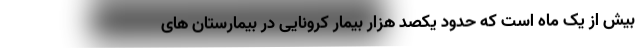
بیش از یک ماه است که حدود یکصد هزار بیمار کرونایی در بیمارستان های